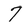
Character: 7